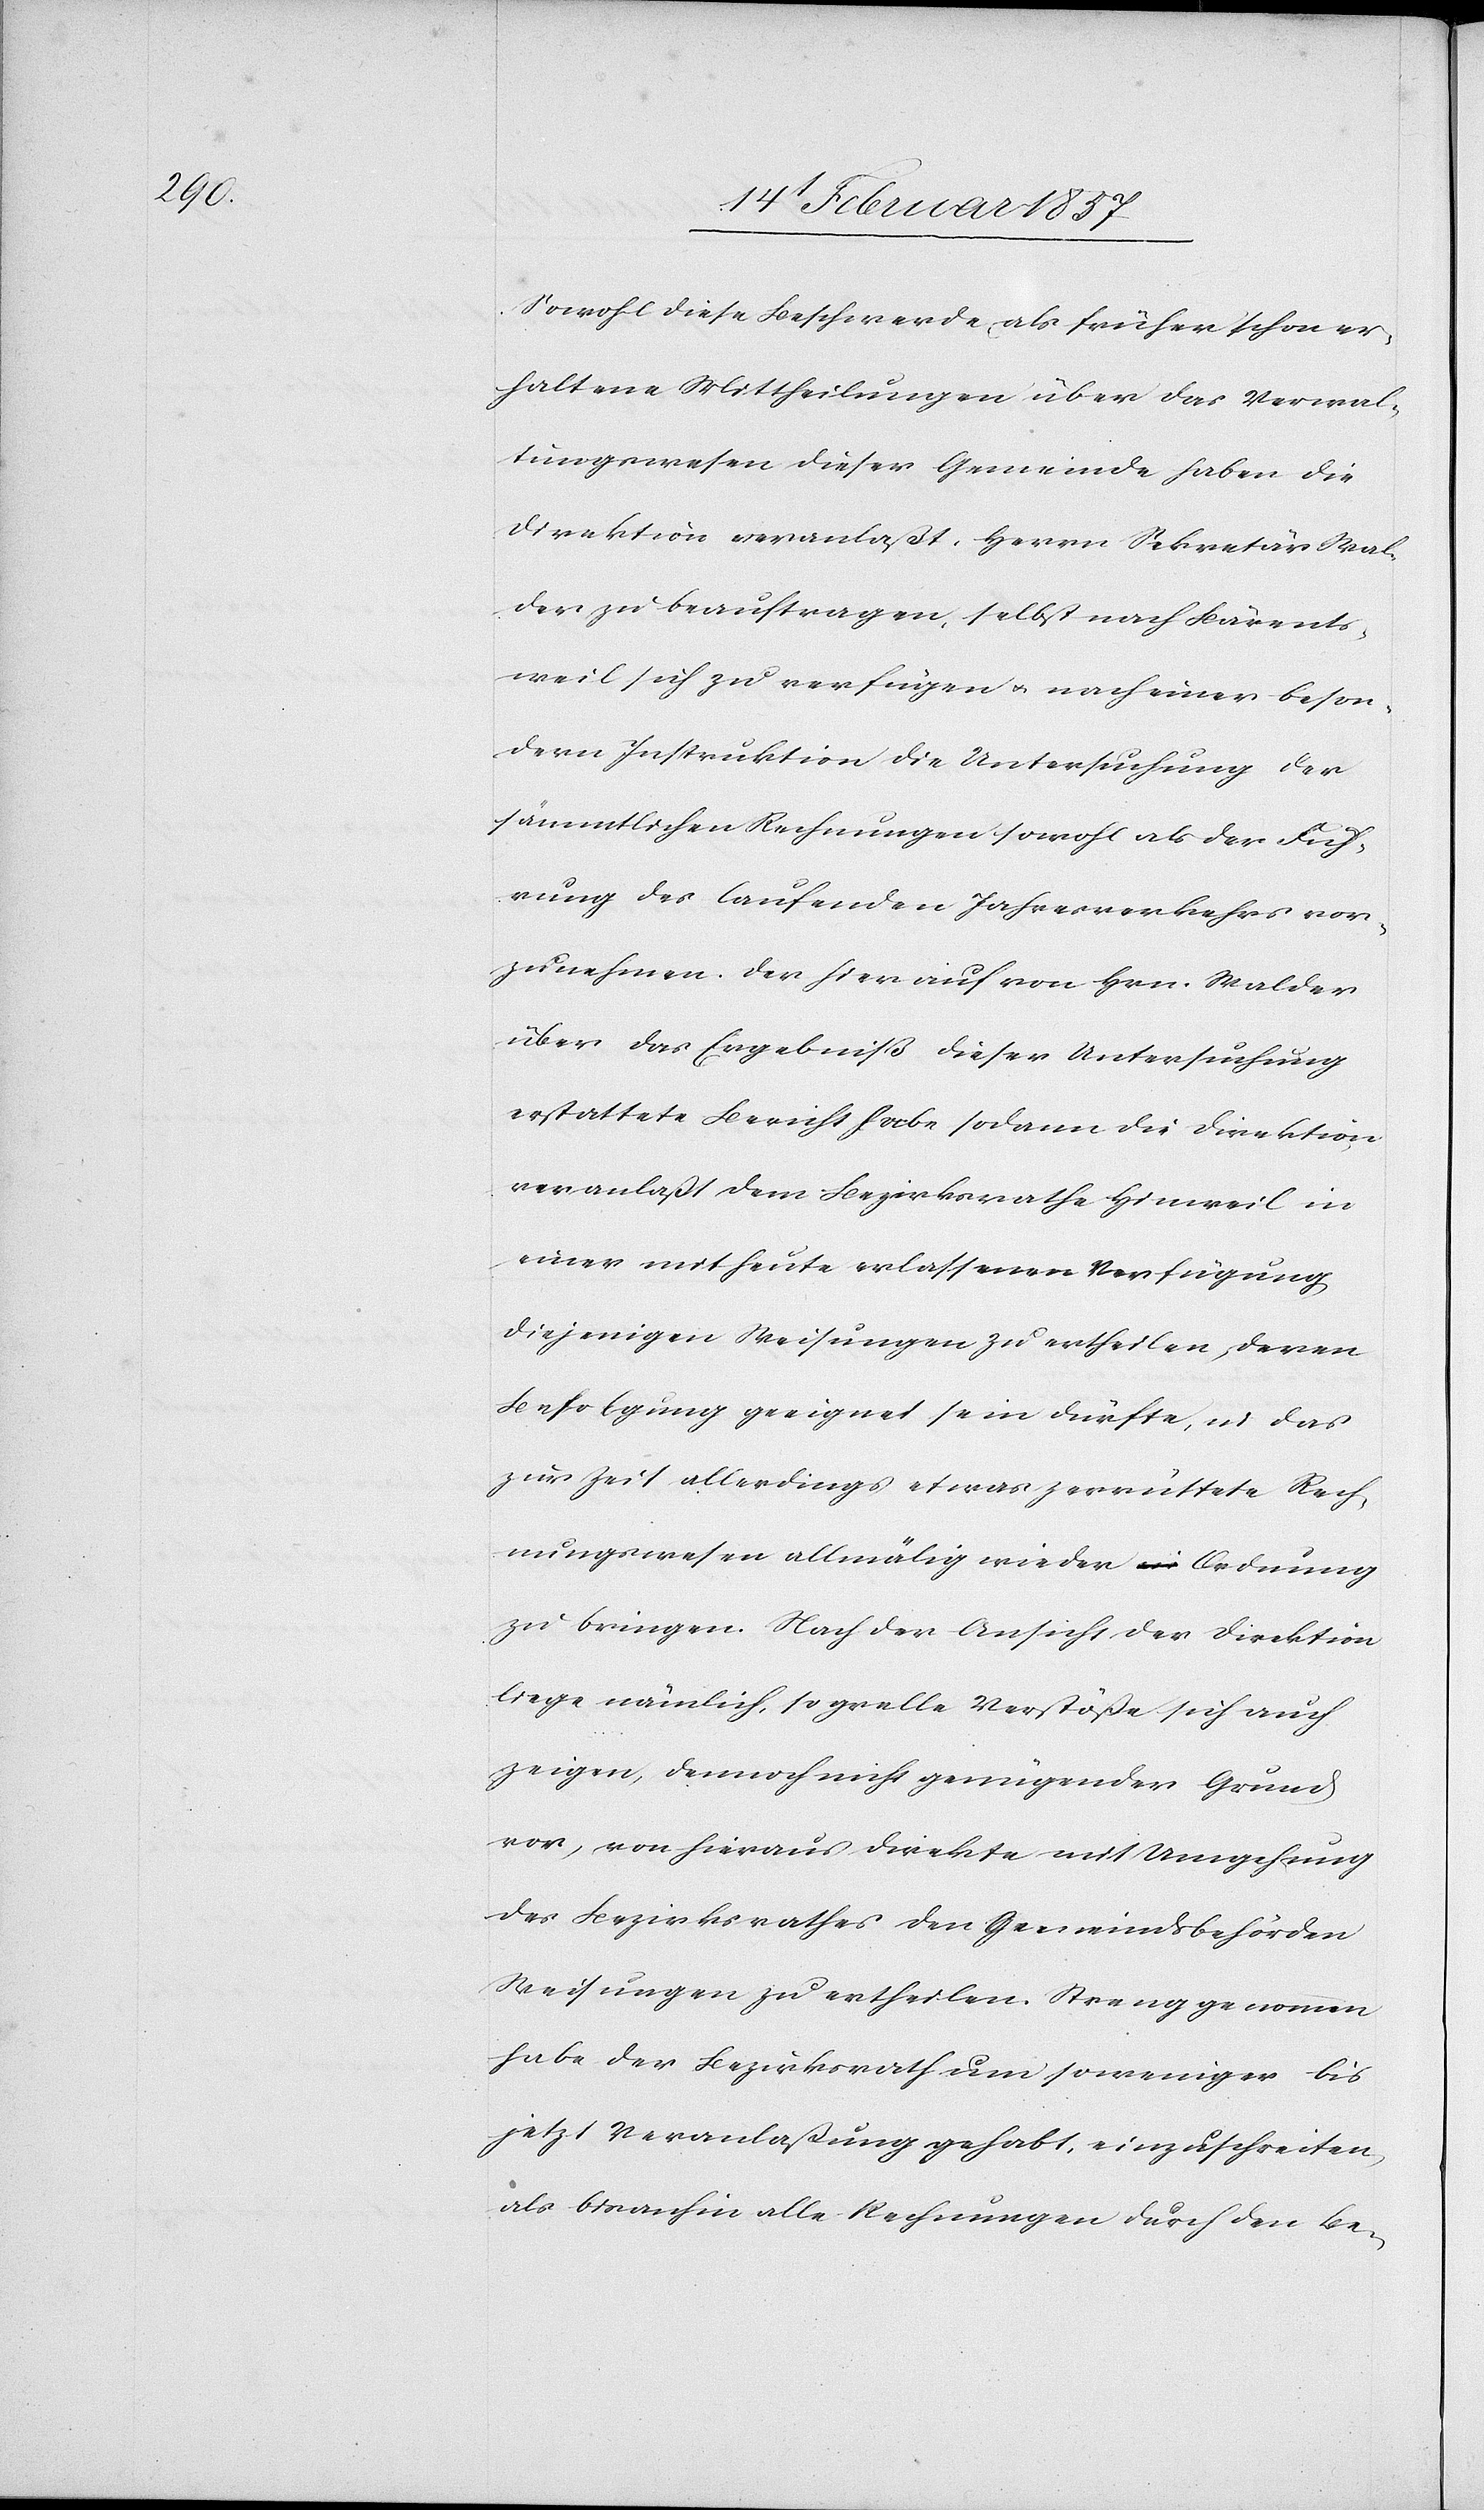
Sowohl diese Beschwerde, als früher schon er¬
haltene Mittheilungen über das Verwal¬
tungswesen dieser Gemeinde haben die
Direktion veranlaßt, Herrn Sekretär Wal¬
der zu beauftragen, selbst nach Bärents¬
weil sich zu verfügen u. nach einer beson¬
dern Instruktion die Untersuchung der
sämmtlichen Rechnungen sowohl als der Füh¬
rung des laufenden Jahresverkehrs vor¬
zunehmen. Der hierauf von Hrn. Walder
über das Ergebniß dieser Untersuchung
erstattete Bericht habe sodann die Direktion
veranlaßt dem Bezirksrathe Hinweil in
einer mit heute erlassenen Verfügung
diejenigen Weisungen zu ertheilen, deren
Befolgung geeignet sein dürfte, in das
zur Zeit allerdings etwas zerrüttete Rech¬
nungswesen allmälig wieder Ordnung
zu bringen. Nach der Ansicht der Direktion
liege nämlich, so grelle Verstöße sich auch
zeigen, dennoch nicht genügender Grund
vor, von hieraus direkte mit Umgehung
des Bezirksrathes den Gemeindsbehörden
Weisungen zu ertheilen. Streng genommen
habe der Bezirksrath um so weniger bis
jetzt Veranlaßung gehabt, einzuschreiten
als bisanhin alle Rechnung durch den Be-